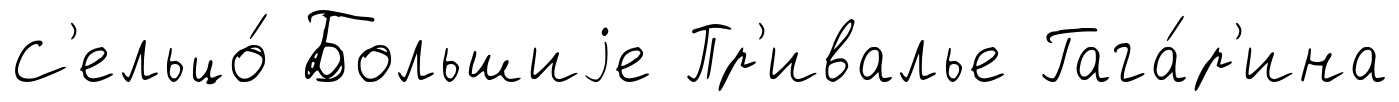
С'ельцо́ Большиjе Пр'ивалье Гага́р'ина